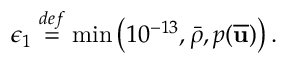
\epsilon _ { 1 } \overset { d e f } { = } \operatorname* { m i n } \left( 1 0 ^ { - 1 3 } , \bar { \rho } , p ( \overline { { \mathbf { u } } } ) \right) .